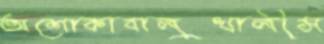
অশোকাবালুখালীস